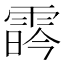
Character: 𩃛